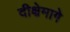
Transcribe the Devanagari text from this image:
दीक्षेमागे